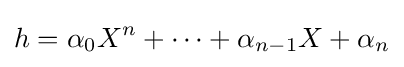
h=\alpha _{0}X^{n}+\cdots +\alpha _{n-1}X+\alpha _{n}